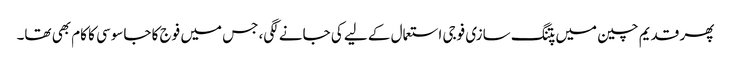
پھر قدیم چین میں پتنگ سازی فوجی استعمال کے لیے کی جانے لگی، جس میں فوج کا جاسوسی کا کام بھی تھا۔